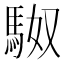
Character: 𮩼